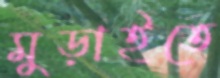
মুড়াইতে